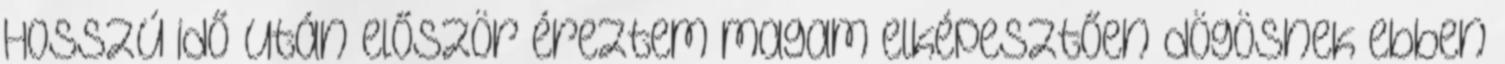
Hosszú idő után először éreztem magam elképesztően dögösnek ebben